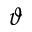
\vartheta